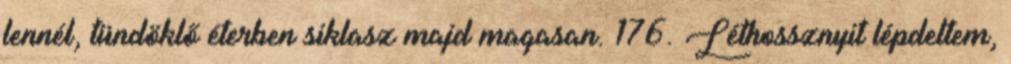
lennél, tündöklő éterben siklasz majd magasan. 176. Léthossznyit lépdeltem,